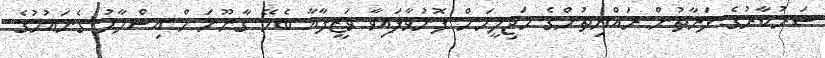
ސަރުކާރުގެ ފަރާތުން ރައްޔިތުންގެ މަޖިލީހަށް ފޮނުވާފައިވާ ވަޒީފާއާ ބެހޭ ގާނޫނަށް އިސްލާހު ގެނައުމުގެ